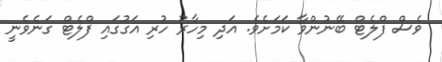
ވެސް ފްލެޓް ބޭނުންވާ ކަމަށެވެ. އަދި މިހާރު ހުރި އަގުގައި ފްލެޓް ގަނެވެނީ